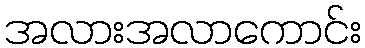
အလားအလာကောင်း